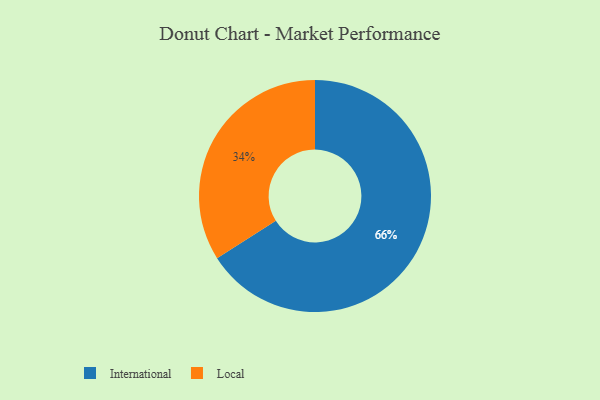
{"axis": {"x": "Category", "y": "Percentage"}, "legend": ["International", "Local"], "data": [{"x": "Local", "y": 34, "type": "Local"}, {"x": "International", "y": 66, "type": "International"}]}